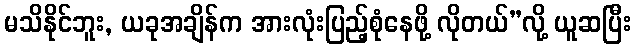
မသိနိုင်ဘူး, ယခုအချိန်က အားလုံးပြည့်စုံနေဖို့ လိုတယ်”လို့ ယူဆပြီး